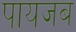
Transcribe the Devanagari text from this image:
पायजब